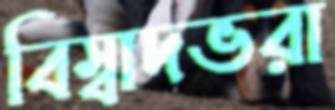
বিস্বাদভরা